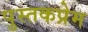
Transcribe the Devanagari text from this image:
पुस्तकप्रेम